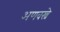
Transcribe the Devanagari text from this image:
अणवस्त्रे